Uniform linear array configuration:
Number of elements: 12
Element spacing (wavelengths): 0.25
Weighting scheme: kaiser
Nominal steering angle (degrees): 60
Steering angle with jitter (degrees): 61.257
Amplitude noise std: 0.05
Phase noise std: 0.05

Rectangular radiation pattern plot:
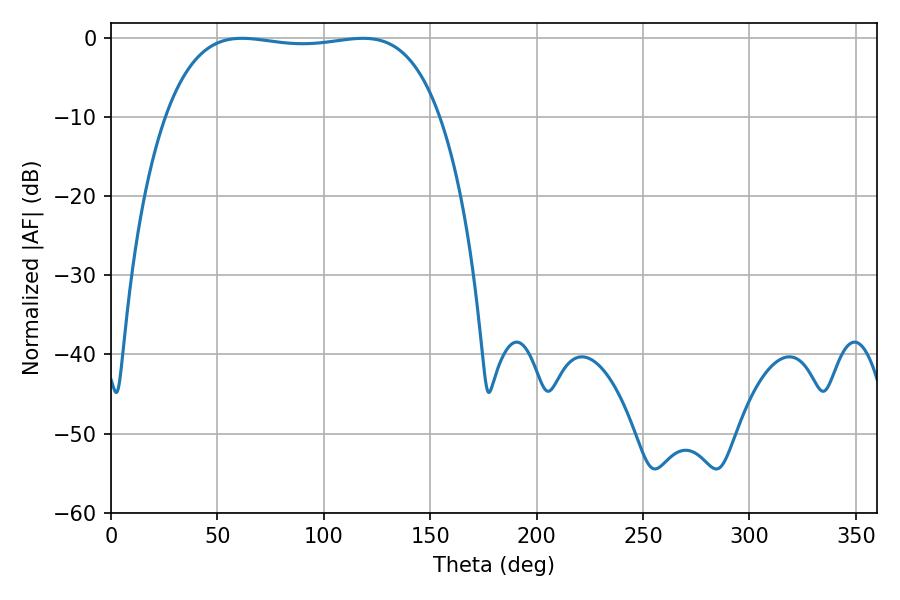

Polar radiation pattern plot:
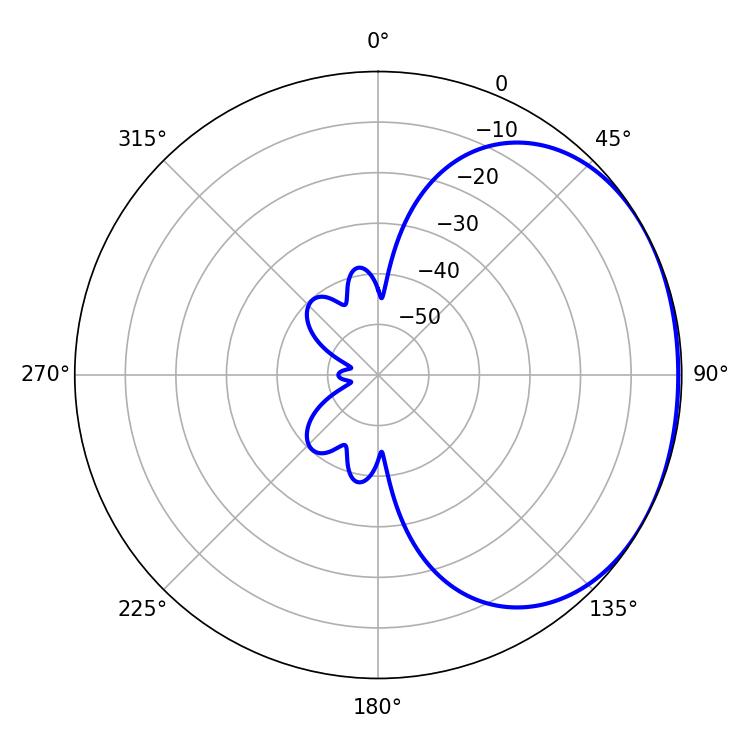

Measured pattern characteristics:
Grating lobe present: FALSE
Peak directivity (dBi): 1.348
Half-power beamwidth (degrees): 102.24
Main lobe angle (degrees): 61.56